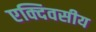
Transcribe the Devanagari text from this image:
एक्दिवसीय